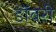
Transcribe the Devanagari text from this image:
डॉवरी